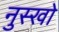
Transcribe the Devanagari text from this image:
नुस्खो